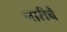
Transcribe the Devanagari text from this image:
नारीचे